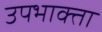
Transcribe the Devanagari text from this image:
उपभाक्ता